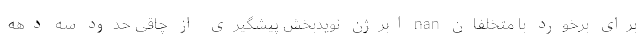
برای برخورد با متخلفان nan ابرژن نویدبخش پیشگیری از چاقی حدود سه دهه